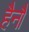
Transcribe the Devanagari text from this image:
हैनौ